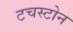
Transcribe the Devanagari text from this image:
टचस्‍टोन